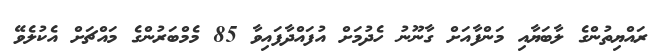
ރައްޔިތުންގެ ލާބަޔާއި މަންފާއަށް ގާނޫނު ހެދުމަށް އުފައްދާފައިވާ 85 މެމްބަރުންގެ މައްޗަށް އެކުލެވޭ